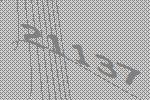
21137